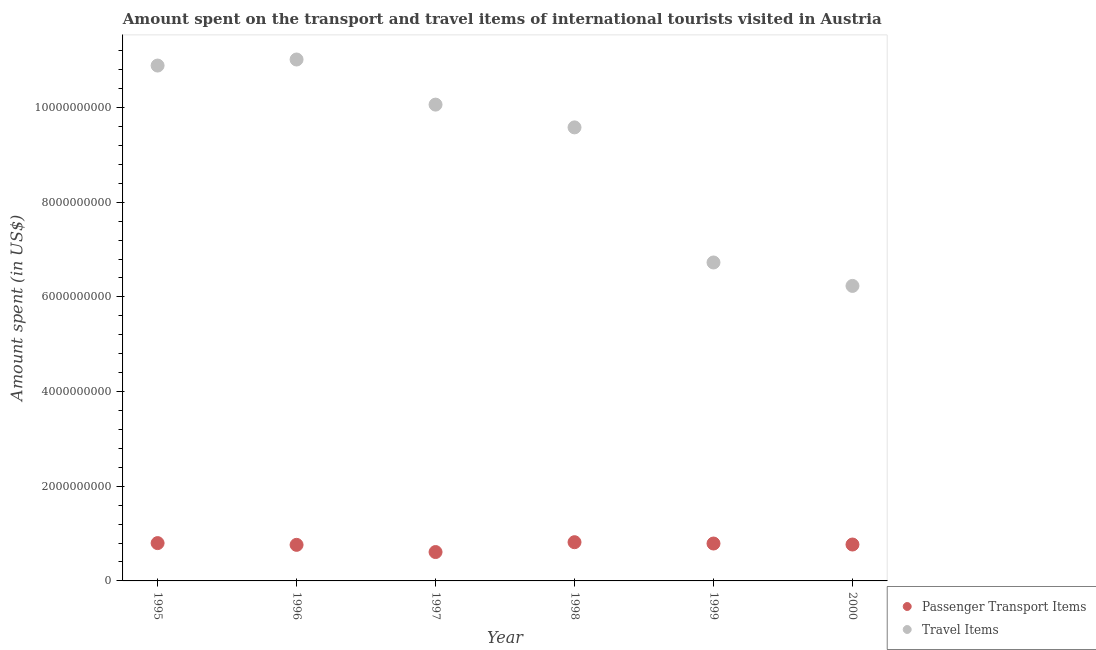
| Year | Passenger Transport Items | Travel Items |
 | --- | --- | --- |
 | 1995 | 7.99e+08 | 1.09e+10 |
 | 1996 | 7.62e+08 | 1.1e+10 |
 | 1997 | 6.1e+08 | 1.01e+10 |
 | 1998 | 8.18e+08 | 9.58e+09 |
 | 1999 | 7.9e+08 | 6.73e+09 |
 | 2000 | 7.69e+08 | 6.23e+09 |